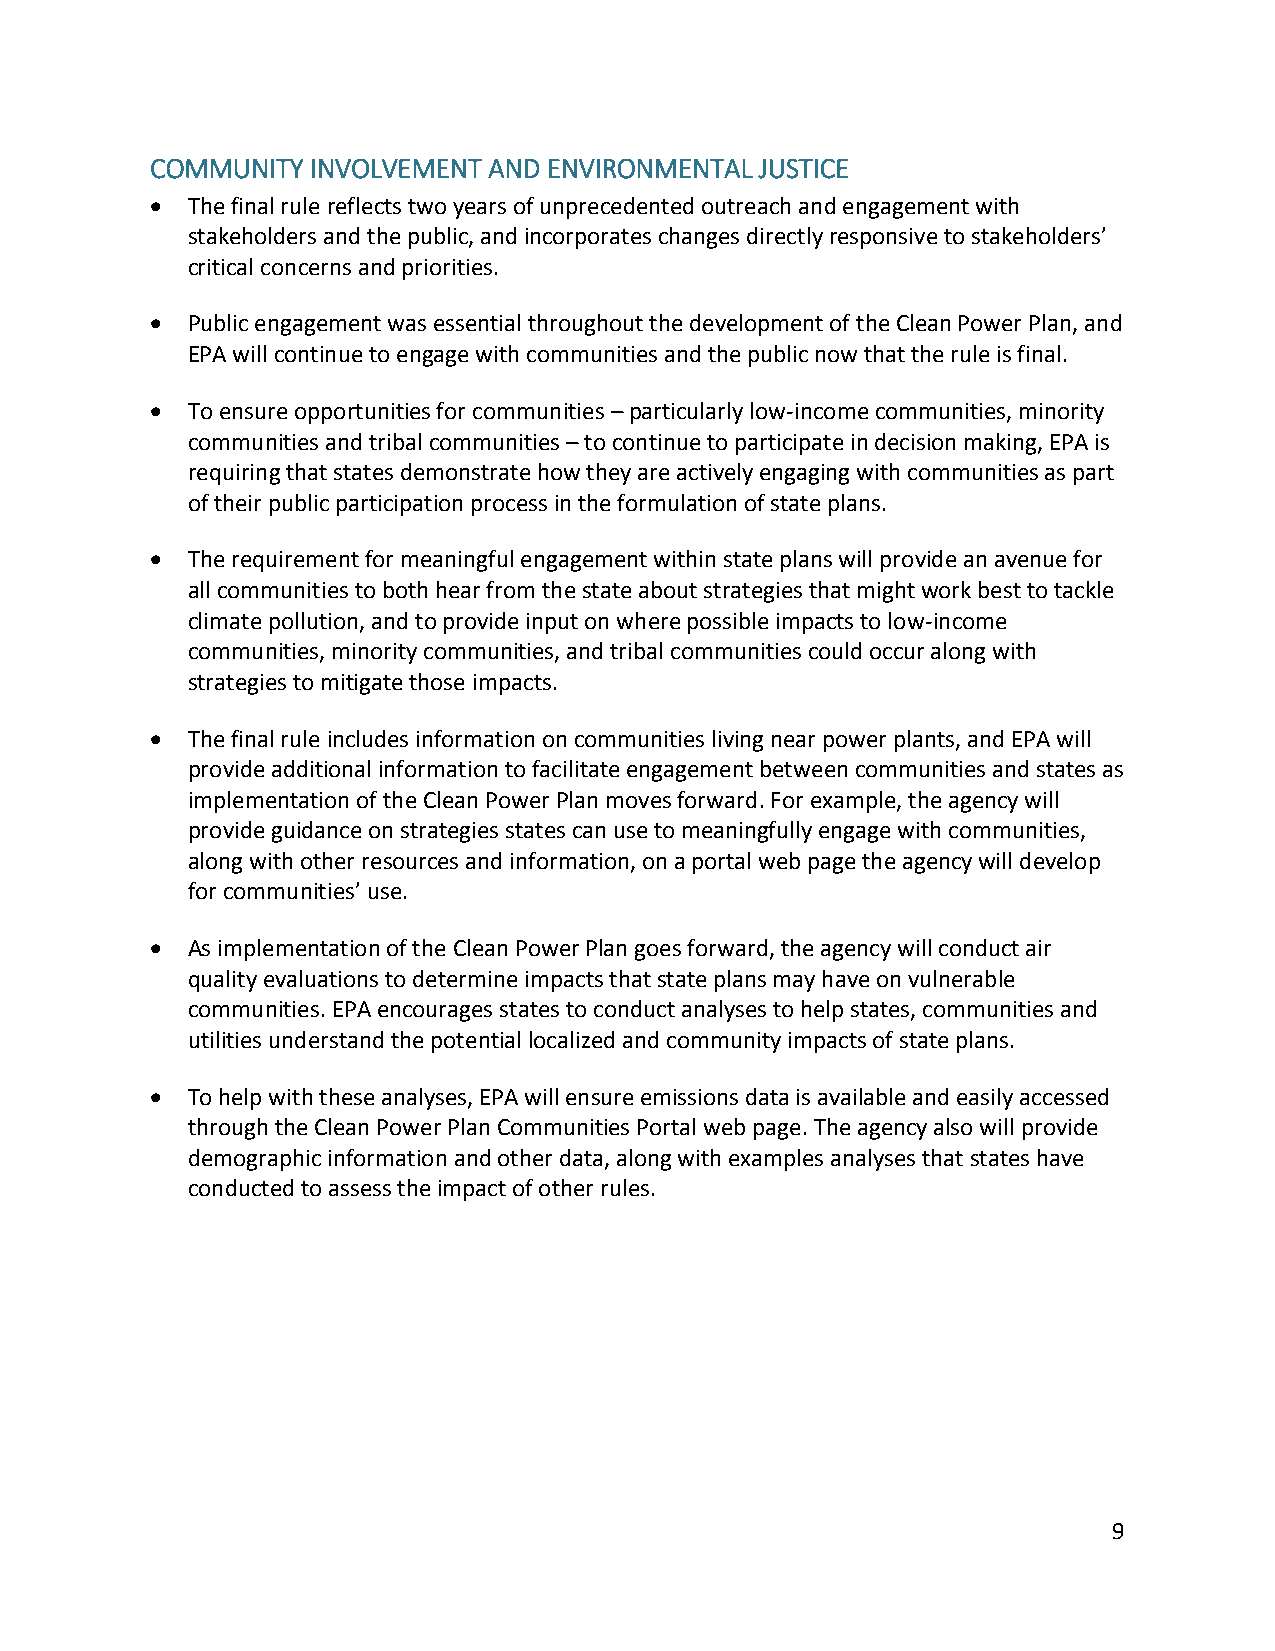
COMMUNITY  INVOLVEMENT AND ENVIRONMENTAL JUSTICE
  The final rule reflects two years of unprecedented outreach and engagement with
 stakeholders and the public, and incorporates changes directly responsive to stakeholders’
 critical concerns and priorities.
  Public engagement was essential throughout the development of the Clean Power Plan, and
 EPA will continue to engage with communities and the public now that the rule is final.
  To ensure opportunities for communities – particularly low-income communities, minority
 communities and tribal communities – to continue to participate in decision making, EPA is
 requiring that states demonstrate how they are actively engaging with communities as part
 of their public participation process in the formulation of state plans.
  The requirement for meaningful engagement within state plans will provide an avenue for
 all communities to both hear from the state about strategies that might work best to tackle
 climate pollution, and to provide input on where possible impacts to low-income
 communities, minority communities, and tribal communities could occur along with
 strategies to mitigate those impacts.
  The final rule includes information on communities living near power plants, and EPA will
 provide additional information to facilitate engagement between communities and states as
 implementation of the Clean Power Plan moves forward. For example, the agency will
 provide guidance on strategies states can use to meaningfully engage with communities,
 along with other resources and information, on a portal web page the agency will develop
 for communities’ use.
  As implementation of the Clean Power Plan goes forward, the agency will conduct air
 quality evaluations to determine impacts that state plans may have on vulnerable
 communities. EPA encourages states to conduct analyses to help states, communities and
 utilities understand the potential localized and community impacts of state plans.
  To help with these analyses, EPA will ensure emissions data is available and easily accessed
 through the Clean Power Plan Communities Portal web page. The agency also will provide
 demographic information and other data, along with examples analyses that states have
 conducted to assess the impact of other rules.
 9